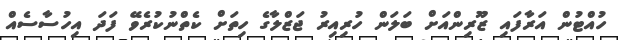
ހުއްޓުން އަރާފައި ޒޫރިންއަށް ބަލަން ހުރިއިރު ޖަޒްލާގެ ހިތަށް ކެތްނުކުރެވޭ ފަދަ އިހުސާސެއް